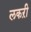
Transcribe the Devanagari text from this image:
लकऱी